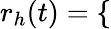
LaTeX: r_{h}(t)=\left\{ \begin{array}{rlr}\end{array}\right.